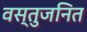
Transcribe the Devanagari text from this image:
वस्तुजनित